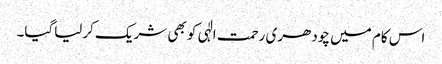
اس کام میں چودھری رحمت الٰہی کو بھی شریک کرلیاگیا۔